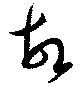
故